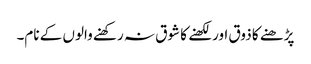
پڑھنے کا ذوق اور لکھنے کا شوق نہ رکھنے والوں کے نام۔